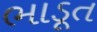
ભાડૂત